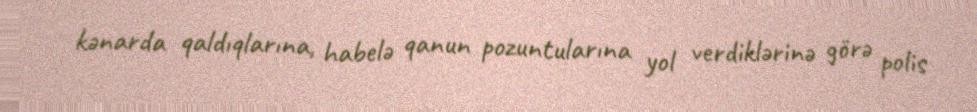
kənarda qaldıqlarına, habelə qanun pozuntularına yol verdiklərinə görə polis